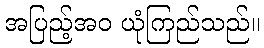
အပြည့်အဝ ယုံကြည်သည်။